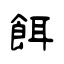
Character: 餌